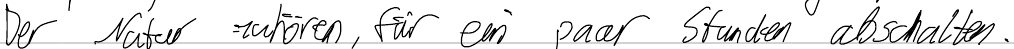
Der Natur zuhören, für ein paar Stunden abschalten.